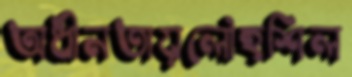
অধীনতায়লৌহশিল